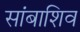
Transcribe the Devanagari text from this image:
सांबाशिव